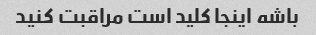
باشه اینجا کلید است مراقبت کنید